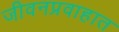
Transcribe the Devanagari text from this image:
जीवनप्रवाहात